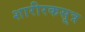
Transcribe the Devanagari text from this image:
शारीरकसूत्र